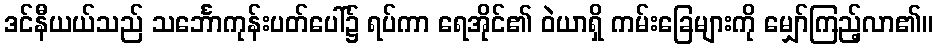
ဒင်နီယယ်သည် သင်္ဘောကုန်းပတ်ပေါ်၌ ရပ်ကာ ရေအိုင်၏ ဝဲယာရှိ ကမ်းခြေများကို မျှော်ကြည့်လာ၏။